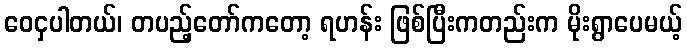
ဝေငှပါတယ်၊ တပည့်တော်ကတော့ ရဟန်း ဖြစ်ပြီးကတည်းက မိုးရွာပေမယ့်